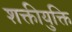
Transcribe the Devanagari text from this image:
शक्तीयुक्ति